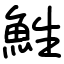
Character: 鮏